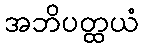
အဘိပတ္ထယံ